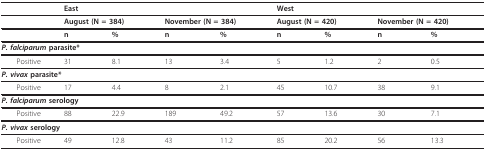
<table><thead><tr><td></td><td colspan="4"><b>East</b></td><td colspan="4"><b>West</b></td></tr></thead><tbody><tr><td></td><td colspan="2"><b>August (N = 384)</b></td><td colspan="2"><b>November (N = 384)</b></td><td colspan="2"><b>August (N = 420)</b></td><td colspan="2"><b>November (N = 420)</b></td></tr><tr><td></td><td><b>n</b></td><td><b>%</b></td><td><b>n</b></td><td><b>%</b></td><td><b>n</b></td><td><b>%</b></td><td><b>n</b></td><td><b>%</b></td></tr><tr><td colspan="9"><b><i>P. falciparum </i>parasite*</b></td></tr><tr><td> Positive</td><td>31</td><td>8.1</td><td>13</td><td>3.4</td><td>5</td><td>1.2</td><td>2</td><td>0.5</td></tr><tr><td colspan="9"><b><i>P. vivax </i>parasite*</b></td></tr><tr><td> Positive</td><td>17</td><td>4.4</td><td>8</td><td>2.1</td><td>45</td><td>10.7</td><td>38</td><td>9.1</td></tr><tr><td colspan="9"><b><i>P. falciparum </i>serology</b></td></tr><tr><td> Positive</td><td>88</td><td>22.9</td><td>189</td><td>49.2</td><td>57</td><td>13.6</td><td>30</td><td>7.1</td></tr><tr><td colspan="9"><b><i>P. vivax </i>serology</b></td></tr><tr><td> Positive</td><td>49</td><td>12.8</td><td>43</td><td>11.2</td><td>85</td><td>20.2</td><td>56</td><td>13.3</td></tr></tbody></table>